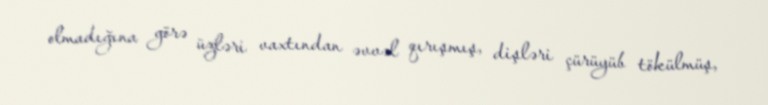
olmadığına görə üzləri vaxtından əvvəl qırışmış, dişləri çürüyüb tökülmüş,